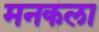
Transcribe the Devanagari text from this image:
मनकला